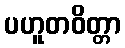
ပဟူတဝိတ္တာ